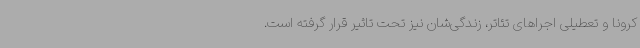
کرونا و تعطیلی اجراهای تئاتر، زندگی‌شان نیز تحت تاثیر قرار گرفته است.